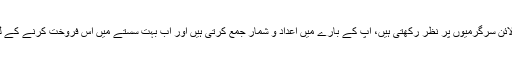
کمپنیاں آپ کی تمام آن لائن سرگرمیوں پر نظر رکھتی ہیں، آپ کے بارے میں اعداد و شمار جمع کرتی ہیں اور اب بہت سستے میں اس فروخت کرنے کے لئے بھی تیار بیٹھی ہیں۔